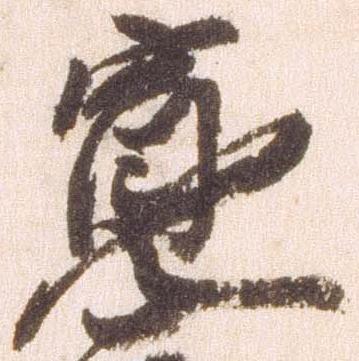
寛